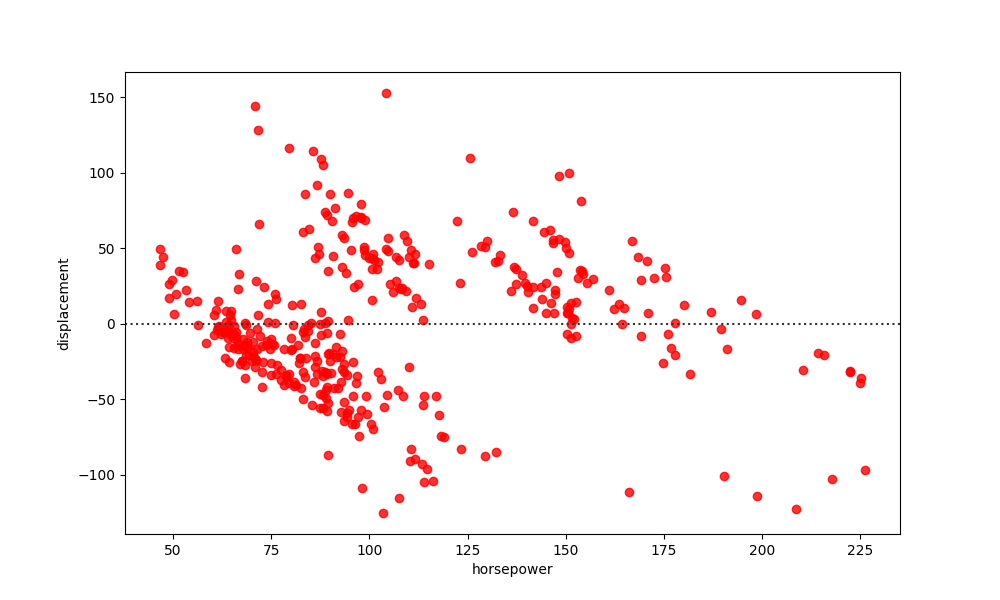
python, seaborn, residplot, lowess=False, scatter_color=red